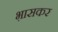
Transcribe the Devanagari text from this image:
भ़ासकर